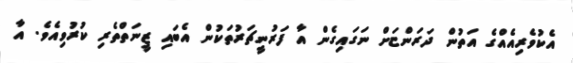
އެކުވެރިއެއްގެ އަތުން ދަރަންޏަށް ނަގައިގެން އާ ފަރުނީޗަރުތަކުން އެބައި ޒީނަތްތެރި ކުރުވިއެވެ. އާ